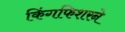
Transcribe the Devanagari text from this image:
किंगफिशरने